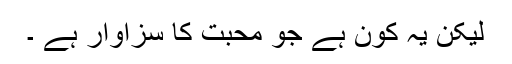
لیکن یہ کون ہے جو محبت کا سزاوار ہے ۔